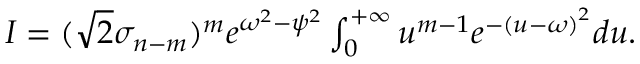
\begin{array} { r } { I = ( \sqrt { 2 } \sigma _ { n - m } ) ^ { m } e ^ { \omega ^ { 2 } - \psi ^ { 2 } } \int _ { 0 } ^ { + \infty } u ^ { m - 1 } e ^ { - \left( u - \omega \right) ^ { 2 } } d u . } \end{array}